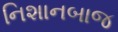
નિશાનબાજ